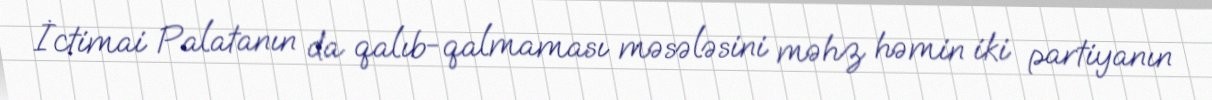
İctimai Palatanın da qalıb-qalmaması məsələsini məhz həmin iki partiyanın